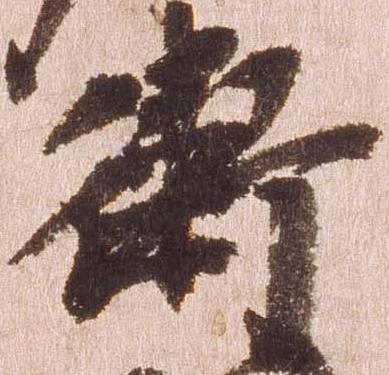
衛